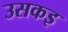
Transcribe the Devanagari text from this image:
उसकइ